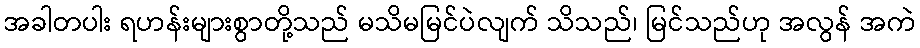
အခါတပါး ရဟန်းများစွာတို့သည် မသိမမြင်ပဲလျက် သိသည်၊ မြင်သည်ဟု အလွန် အကဲ